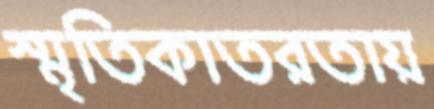
স্মৃতিকাতরতায়